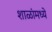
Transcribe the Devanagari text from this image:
शाळांमध्‍ये